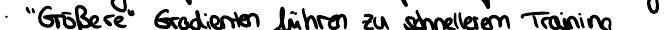
"Größere" Gradienten führen zu schnellerem Training